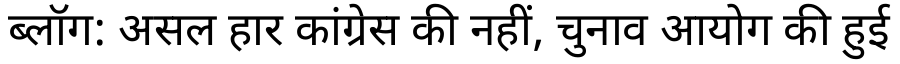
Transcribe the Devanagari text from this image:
ब्लॉग: असल हार कांग्रेस की नहीं, चुनाव आयोग की हुई